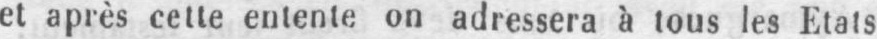
et après cette entente on adressera à tous les Etats